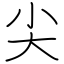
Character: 尖